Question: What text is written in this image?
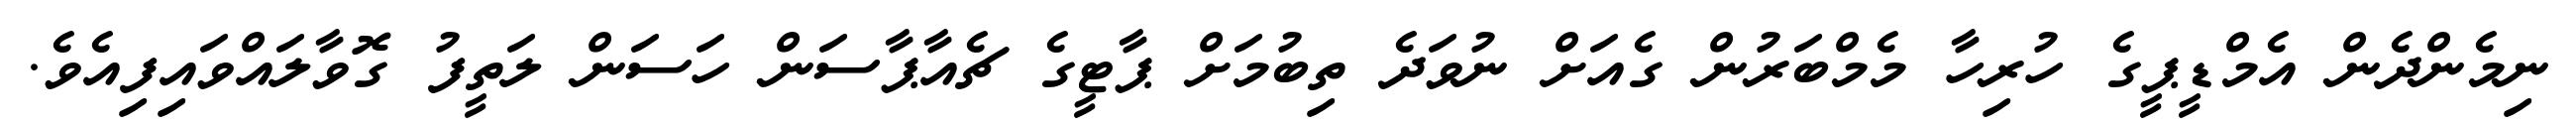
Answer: ނިމެންދެން އެމްޑީޕީގެ ހުރިހާ މެމްބަރުން ގެއަށް ނުވަދެ ތިބުމަށް ޕާޓީގެ ޗެއާޕާސަން ހަސަން ލަތީފު ގޮވާލައްވައިފިއެވެ.